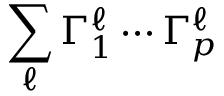
\sum _ { \ell } \Gamma _ { 1 } ^ { \ell } \cdots \Gamma _ { p } ^ { \ell }